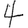
Digit: 4